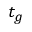
t _ { g }